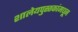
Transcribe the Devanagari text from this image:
शालेयपुस्तकांमधून